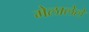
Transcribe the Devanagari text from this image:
मेलालेले